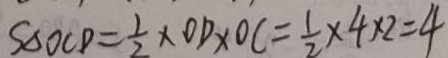
S _ { \Delta O C D } = \frac { 1 } { 2 } \times O D \times O C = \frac { 1 } { 2 } \times 4 \times 2 = 4